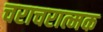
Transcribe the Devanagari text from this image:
चराचरात्मक